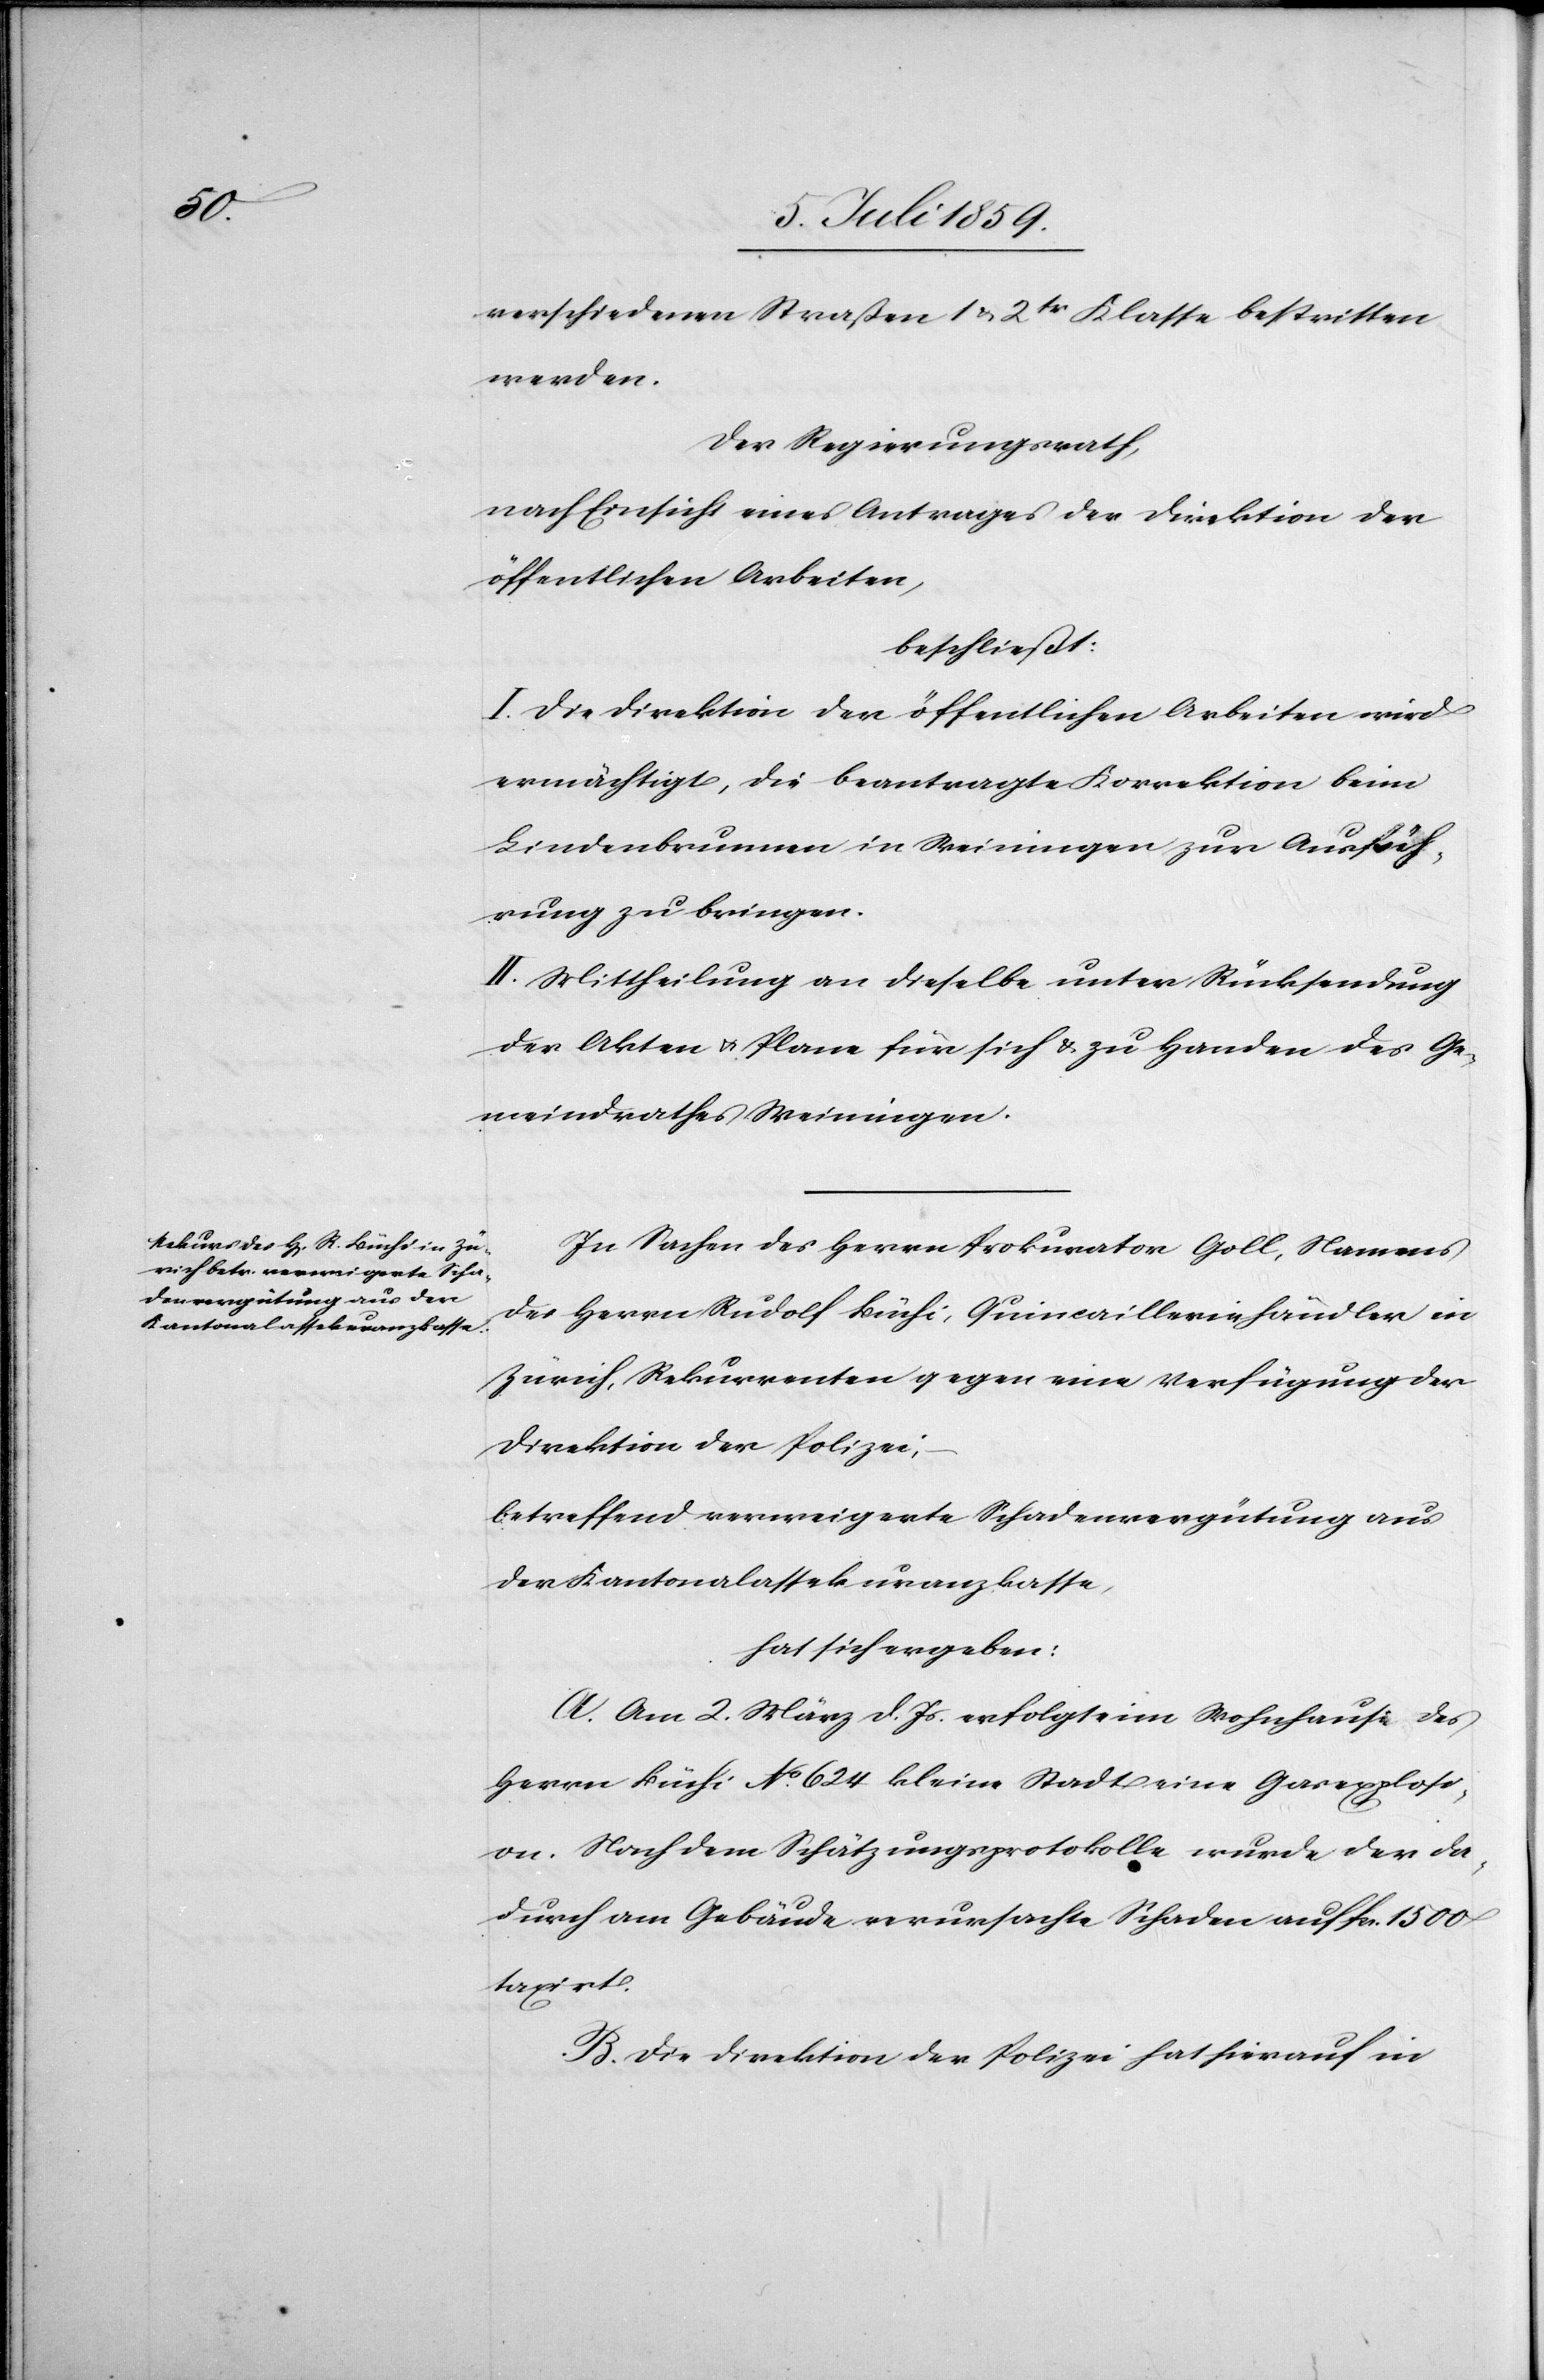
verschiedenen Straßen 1 u. 2tr. Klasse bestritten
werden.
Der Regierungsrath,
nach Einsicht eines Antrages der Direktion der
öffentlichen Arbeiten,
beschließt:
I. Die Direktion der öffentlichen Arbeiten wird
ermächtigt, die beantragte Korrektion beim
Lindenbrunnen in Weiningen zur Ausfüh¬
rung zu bringen.
II. Mittheilung an dieselbe unter Rücksendung
der Akten u. Plane für sich u. zu Handen des Ge¬
meindrathes Weiningen.
In Sachen des Herrn Prokurator Goll, Namens
des Herrn Rudolf Büchi, Quincailleriehändler in
Zürich, Rekurrenten gegen eine Verfügung der
Direktion der Polizei,
betreffend verweigerte Schadenvergütung aus
der Kantonalassekuranzkasse,
hat sich ergeben:
A. Am 2. März d. Js. erfolgte im Wohnhaus des
Herrn Büchi No. 624 kleine Stadt eine Gasexplosi¬
on. Nach dem Schätzungsprotokolle wurde der da¬
durch am Gebäude verursachte Schaden auf fcs. 1500
taxirt.
B. Die Direktion der Polizei hat hierauf in